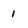
Character: 1